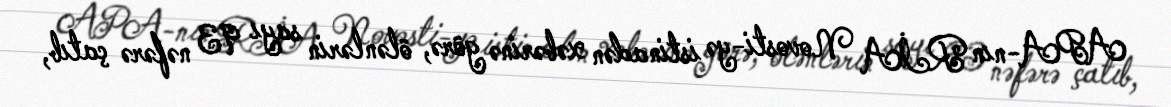
APA-nın RİA Novosti-yə istinadən xəbərinə görə, ölənlərin sayı 93 nəfərə çatıb,